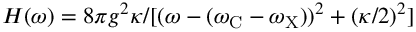
H ( \omega ) = 8 \pi g ^ { 2 } \kappa / [ ( \omega - ( \omega _ { \mathrm { C } } - \omega _ { \mathrm { X } } ) ) ^ { 2 } + ( \kappa / 2 ) ^ { 2 } ]